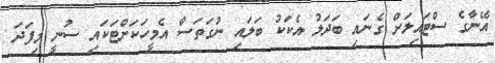
އޭނާގެ ސްޓައިލަށް ގެނައި ބަދަލު އެކަކު ބަލައި ނުގަތަސް އެމީހަކަށްޓަކައި ސުނީ މިފަދަ